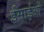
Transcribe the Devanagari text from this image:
ईसाईओं